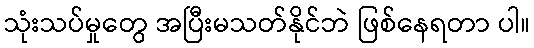
သုံးသပ်မှုတွေ အပြီးမသတ်နိုင်ဘဲ ဖြစ်နေရတာ ပါ။